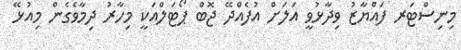
މިނިސްޓަރ ފައްޔާޒު ވިދާޅުވީ އަލަށް އުފެއްދޭ ޖޮބް ޕޯޓަލްއަކީ މިހާރު ދިމާވެގެން މިއުޅޭ